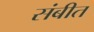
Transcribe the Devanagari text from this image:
संबीत